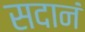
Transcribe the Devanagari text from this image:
सदानं